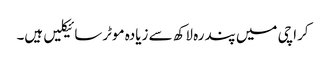
کراچی میں پندرہ لاکھ سے زیادہ موٹرسائیکلیں ہیں۔